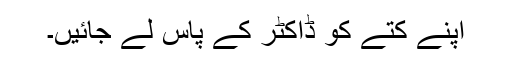
اپنے کتے کو ڈاکٹر کے پاس لے جائیں۔